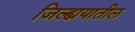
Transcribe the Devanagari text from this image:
जिल्ह्ययातील